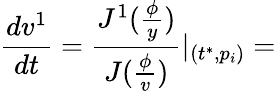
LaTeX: \frac{dv^{1}}{dt}=\frac{J^{1}(\frac\phi y)}{J(\frac\phi v)}|_{(t^{*},p_{i})}=